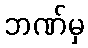
ဘဏ်မှ